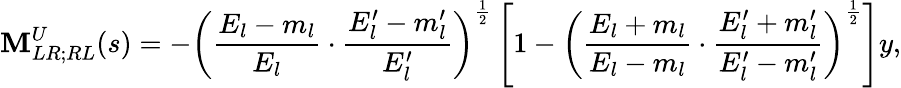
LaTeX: \mathbf{M}_{LR;RL}^{U}(s)=-\left(\frac{{E_{l}-m_{l}}}{{E_{l}}}\cdot\frac{{E_{l}^{\prime}-m_{l}^{\prime}}}{{E_{l}^{\prime}}}\right)^{\frac{{1}}{{2}}}\left[1-\left(\frac{{E_{l}+m_{l}}}{{E_{l}-m_{l}}}\cdot\frac{{E_{l}^{\prime}+m_{l}^{\prime}}}{{E_{l}^{\prime}-m_{l}^{\prime}}}\right)^{\frac{{1}}{{2}}}\right]y,